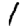
Digit: 1